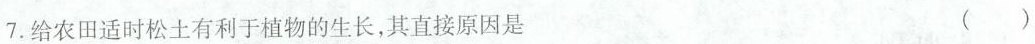
7.给农田适时松土有利于植物的生长，其直接原因是 ( )